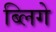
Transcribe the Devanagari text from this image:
ब्लिगे